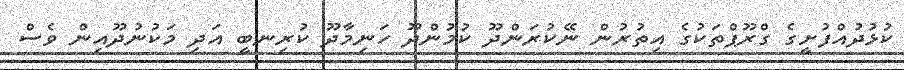
ކުޅުދުއްފުށީގެ ގްރޫޕްތަކުގެ އިތުރުން ނޭކުރަންދޫ ކުމުންދޫ ހަނިމާދޫ ކުރިނބީ އަދި މަކުނުދޫއިން ވެސް